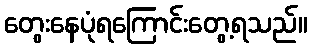
တွေးနေပုံရကြောင်းတွေ့ရသည်။